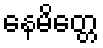
နေမိတ္တေ